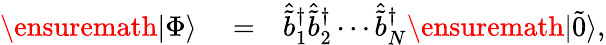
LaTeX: \begin{array}{rlr}{\ensuremath{\vert\Phi\rangle}}&{{}=}&{\hat{\tilde{b}}_{1}^{\dagger}\hat{\tilde{b}}_{2}^{\dagger}\cdots\hat{\tilde{b}}_{N}^{\dagger}\ensuremath{\vert\tilde{0}\rangle},}\end{array}